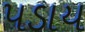
પડાય